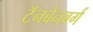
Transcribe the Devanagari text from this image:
टॅनबेनबर्ग